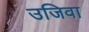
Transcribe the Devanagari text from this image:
उजिवा